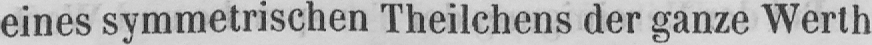
eines symmetrischen Theilchens der ganze Werth